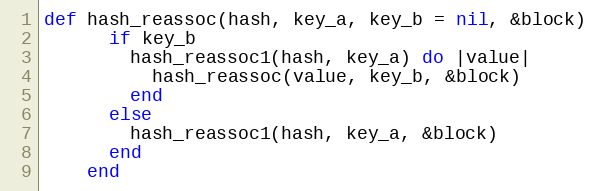
Language: Ruby
def hash_reassoc(hash, key_a, key_b = nil, &block)
      if key_b
        hash_reassoc1(hash, key_a) do |value|
          hash_reassoc(value, key_b, &block)
        end
      else
        hash_reassoc1(hash, key_a, &block)
      end
    end